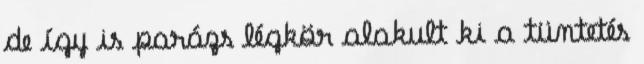
de így is parázs légkör alakult ki a tüntetés